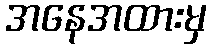
အနေအထားမှ